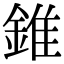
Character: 錐